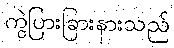
ကွဲပြားခြားနားသည်